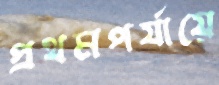
প্রথমপর্যায়ে